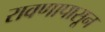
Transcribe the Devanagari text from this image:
रावणापासून